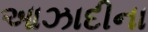
આઝાદીના